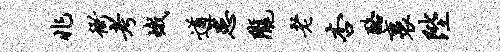
兆衙考峨遒患陇老杏酪裹陛